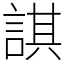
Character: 諆